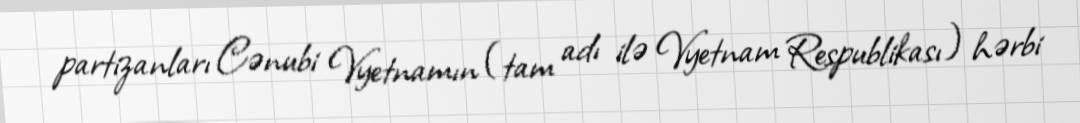
partizanları Cənubi Vyetnamın (tam adı ilə Vyetnam Respublikası) hərbi